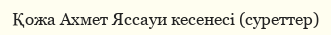
Қожа Ахмет Яссауи кесенесі (суреттер)